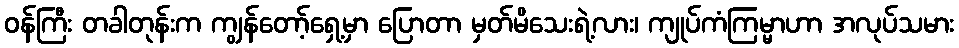
ဝန်ကြီး တခါတုန်းက ကျွန်တော့်ရှေ့မှာ ပြောတာ မှတ်မိသေးရဲ့လား၊ ကျုပ်ကံကြမ္မာဟာ အလုပ်သမား